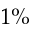
1 \%